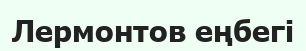
Лермонтов еңбегі